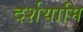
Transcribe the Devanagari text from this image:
दर्शयामि